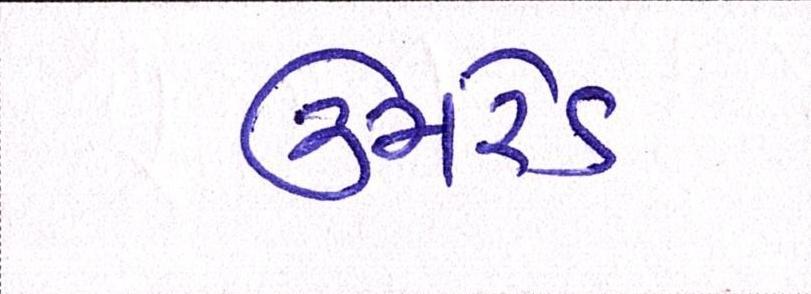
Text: ઉમરેડ